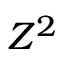
Z ^ { 2 }